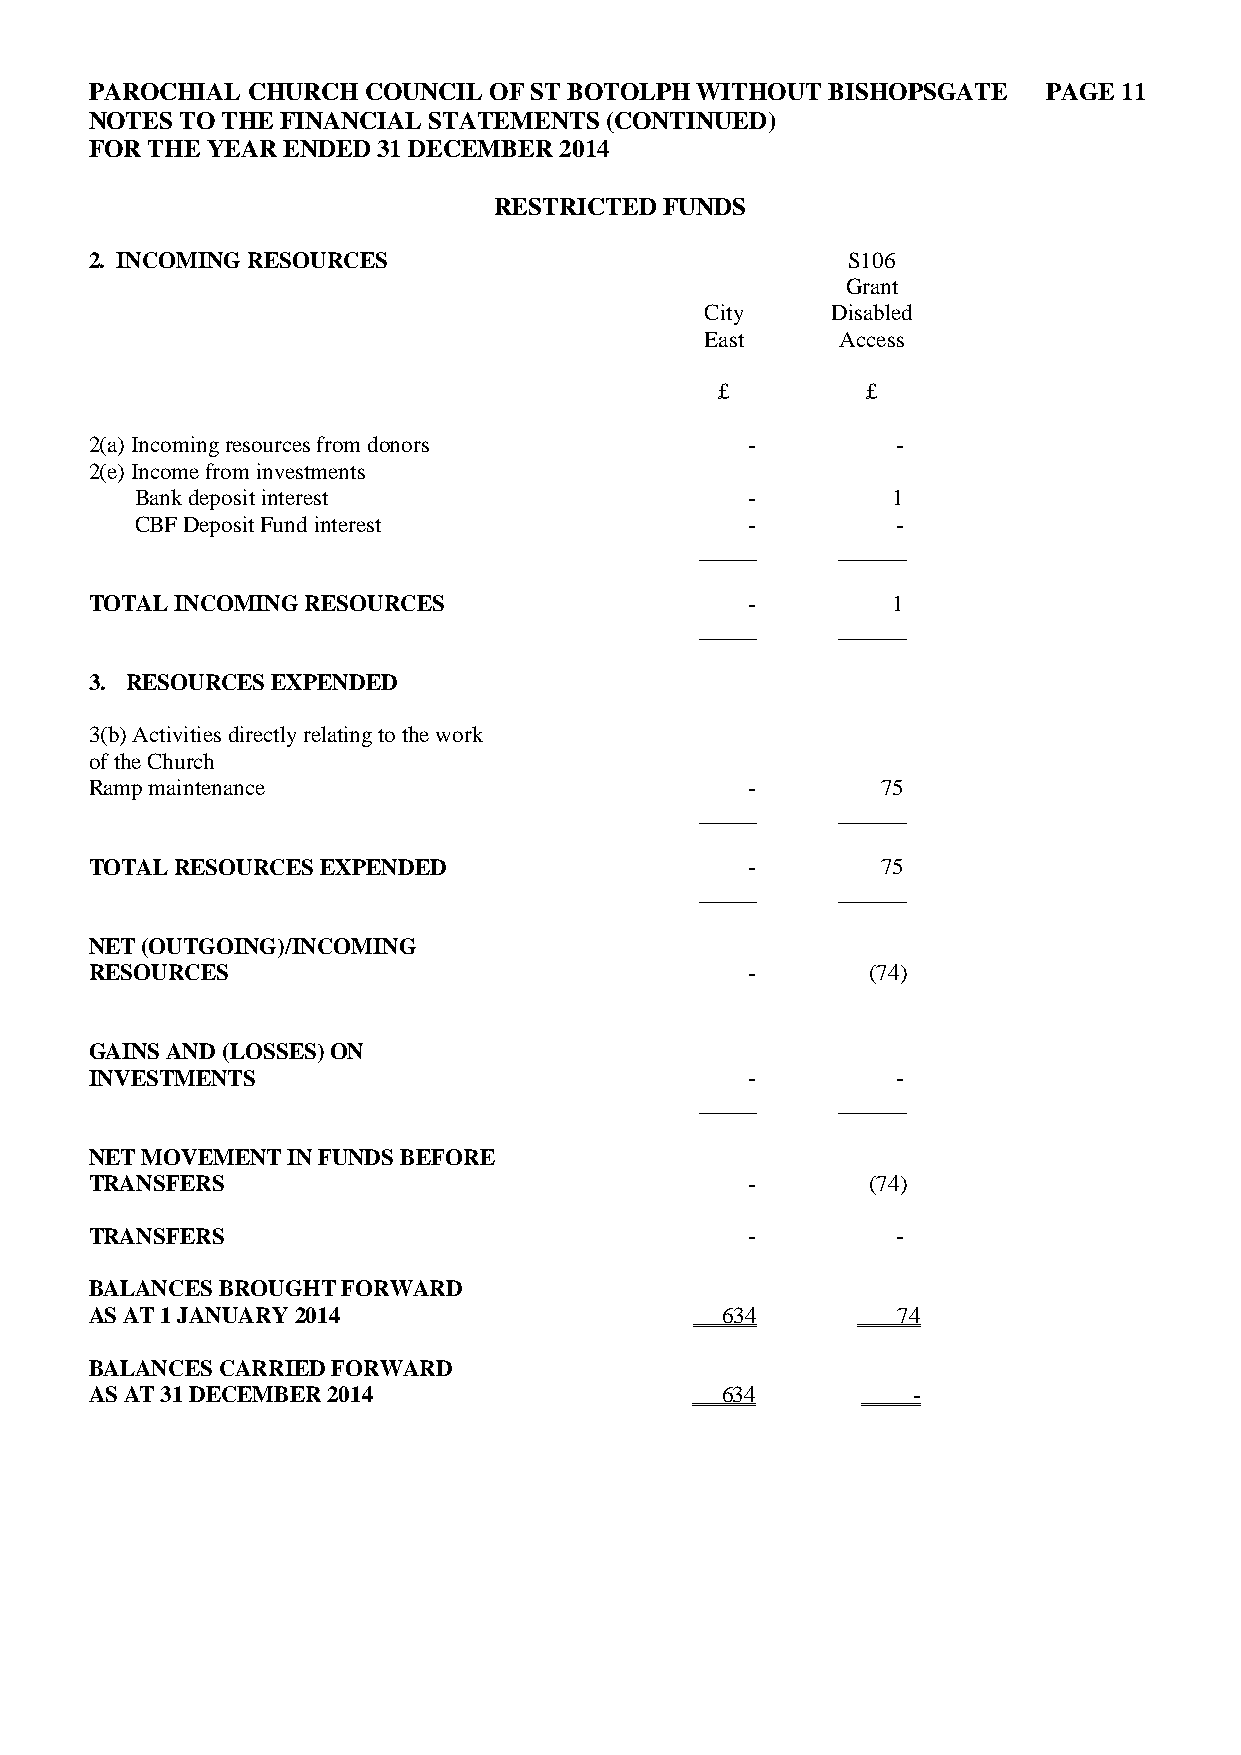
PAROCHIAL CHURCH  COUNCIL OF ST BOTOLPH WITHOUT  BISHOPSGATE   PAGE 11
 NOTES TO THE FINANCIAL STATEMENTS (CONTINUED)
 FOR THE YEAR ENDED 31 DECEMBER 2014
 RESTRICTED FUNDS
 2. INCOMING RESOURCES                             S106
 Grant
 City    Disabled
 East     Access
 £        £
 2(a) Incoming resources from donors         -        -
 2(e) Income from investments
 Bank deposit interest                    -        1
 CBF Deposit Fund interest                -        -
 _____    ______
 TOTAL INCOMING RESOURCES                    -        1
 _____    ______
 3. RESOURCES EXPENDED
 3(b) Activities directly relating to the work
 of the Church
 Ramp maintenance                            -       75
 _____    ______
 TOTAL RESOURCES EXPENDED                    -       75
 _____    ______
 NET (OUTGOING)/INCOMING
 RESOURCES                                   -       (74)
 GAINS AND (LOSSES) ON
 INVESTMENTS                                 -        -
 _____    ______
 NET MOVEMENT IN FUNDS BEFORE
 TRANSFERS                                   -       (74)
 TRANSFERS                                   -        -
 BALANCES BROUGHT FORWARD
 AS AT 1 JANUARY 2014                      634        74
 BALANCES CARRIED FORWARD
 AS AT 31 DECEMBER 2014                    634         -